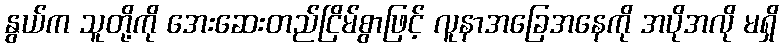
နွယ်က သူတို့ကို အေးဆေးတည်ငြိမ်စွာဖြင့် လူနာအခြေအနေကို အပိုအလို မရှိ